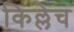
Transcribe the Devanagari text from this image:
किल्लेच